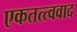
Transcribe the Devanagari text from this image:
एकतत्त्ववाद